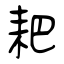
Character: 耙